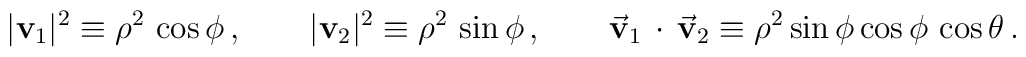
|\mathbf{v}_1|^2  \equiv  \rho^2 \, \cos \phi \,,\qquad |\mathbf{v}_2|^2 \equiv  \rho^2 \, \sin \phi  \,,\qquad  \vec {\mathbf{v}}_1 \, \cdot \,\vec {\mathbf{v}}_2  \equiv  \rho^2 \sin \phi \cos \phi  \, \cos\theta\,.